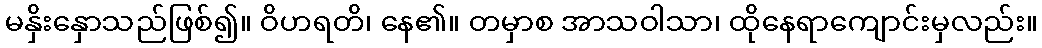
မနှိးနှောသည်ဖြစ်၍။ ဝိဟရတိ၊ နေ၏။ တမှာစ အာသဝါသာ၊ ထိုနေရာကျောင်းမှလည်း။